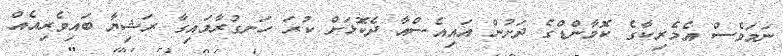
ނަމަވެސް އެމެރިކާގެ ކޮމާންޑްގެ ދަށުން އައިއެސްއާ ދެކޮޅަށް ކުރަ ހަނގުރާމައިގާ ރަޝިޔާ ބައިވެރިއެއް